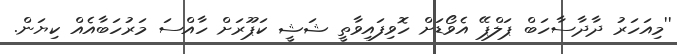
''މިއަހަރު ދާދާސާހަބް ޕަލްޕޭ އެވޯޑަށް ހޮވިފައިވާތީ ޝަޝީ ކަޕޫރަށް ހާއްސަ މަރުހަބާއެއް ކިޔަން.